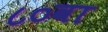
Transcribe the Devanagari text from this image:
८०वा